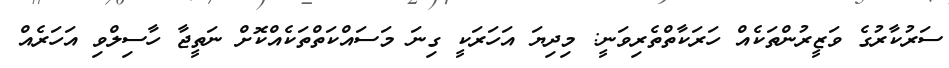
ސަރުކާރުގެ ވަޒީރުންތަކެއް ހަރަކާތްތެރިވަނީ: މިދިޔަ އަހަރަކީ ގިނަ މަސައްކަތްތަކެއްކޮށް ނަތީޖާ ހާސިލްވި އަހަރެއް